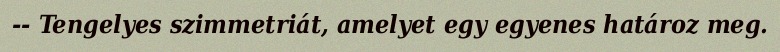
-- Tengelyes szimmetriát, amelyet egy egyenes határoz meg.